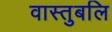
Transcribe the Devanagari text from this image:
वास्तुबलि